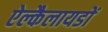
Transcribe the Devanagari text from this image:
ऐल्कैलायडों